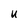
Character: U